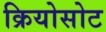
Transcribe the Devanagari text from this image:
क्रियोसोट